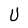
Character: U